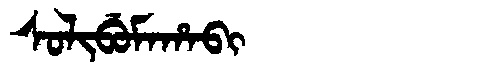
Manchu: ᠰᠣᠯᡳᠪᡠᠮᠠᡥᠠᠪᡳ
Romanization: SOLIBUMAHABI